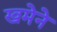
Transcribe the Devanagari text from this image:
खमेने